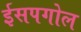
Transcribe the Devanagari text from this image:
ईसपगोल